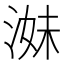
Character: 𱧁